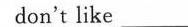
don’t like ___.